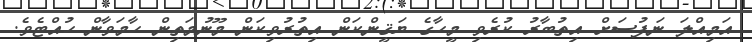
އަމިއްލަ ނަފުސަށް އިތުބާރު ކުރެވި މީހާގެ ޔަޤީންކަން އިތުރުވިކަން މޫނުމަތިން ހާމަވާން ހުއްޓެވެ.